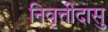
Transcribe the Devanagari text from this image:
निवृत्तीदासु